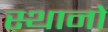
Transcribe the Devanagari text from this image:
स्थानाें